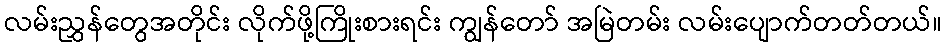
လမ်းညွှန်တွေအတိုင်း လိုက်ဖို့ကြိုးစားရင်း ကျွန်တော် အမြဲတမ်း လမ်းပျောက်တတ်တယ်။